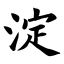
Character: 淀